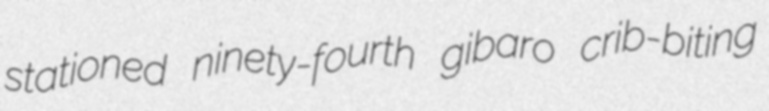
stationed ninety-fourth gibaro crib-biting